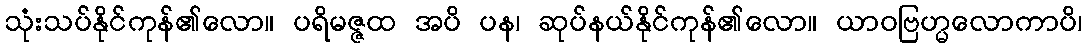
သုံးသပ်နိုင်ကုန်၏လော။ ပရိမဇ္ဇထ အပိ ပန၊ ဆုပ်နယ်နိုင်ကုန်၏လော။ ယာဝဗြဟ္မလောကာပိ၊